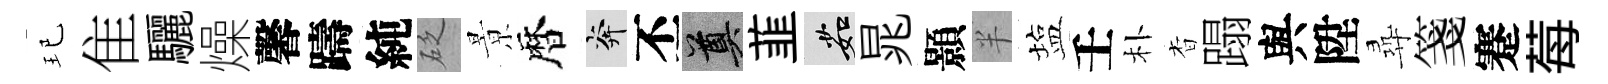
玘隹驪燥馨躊純砭㬌暦奔丕奠韮茹晁顥半塩壬朴杳蹋與陞尋箋蹇莓